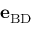
{ \bf e } _ { \mathrm { B D } }